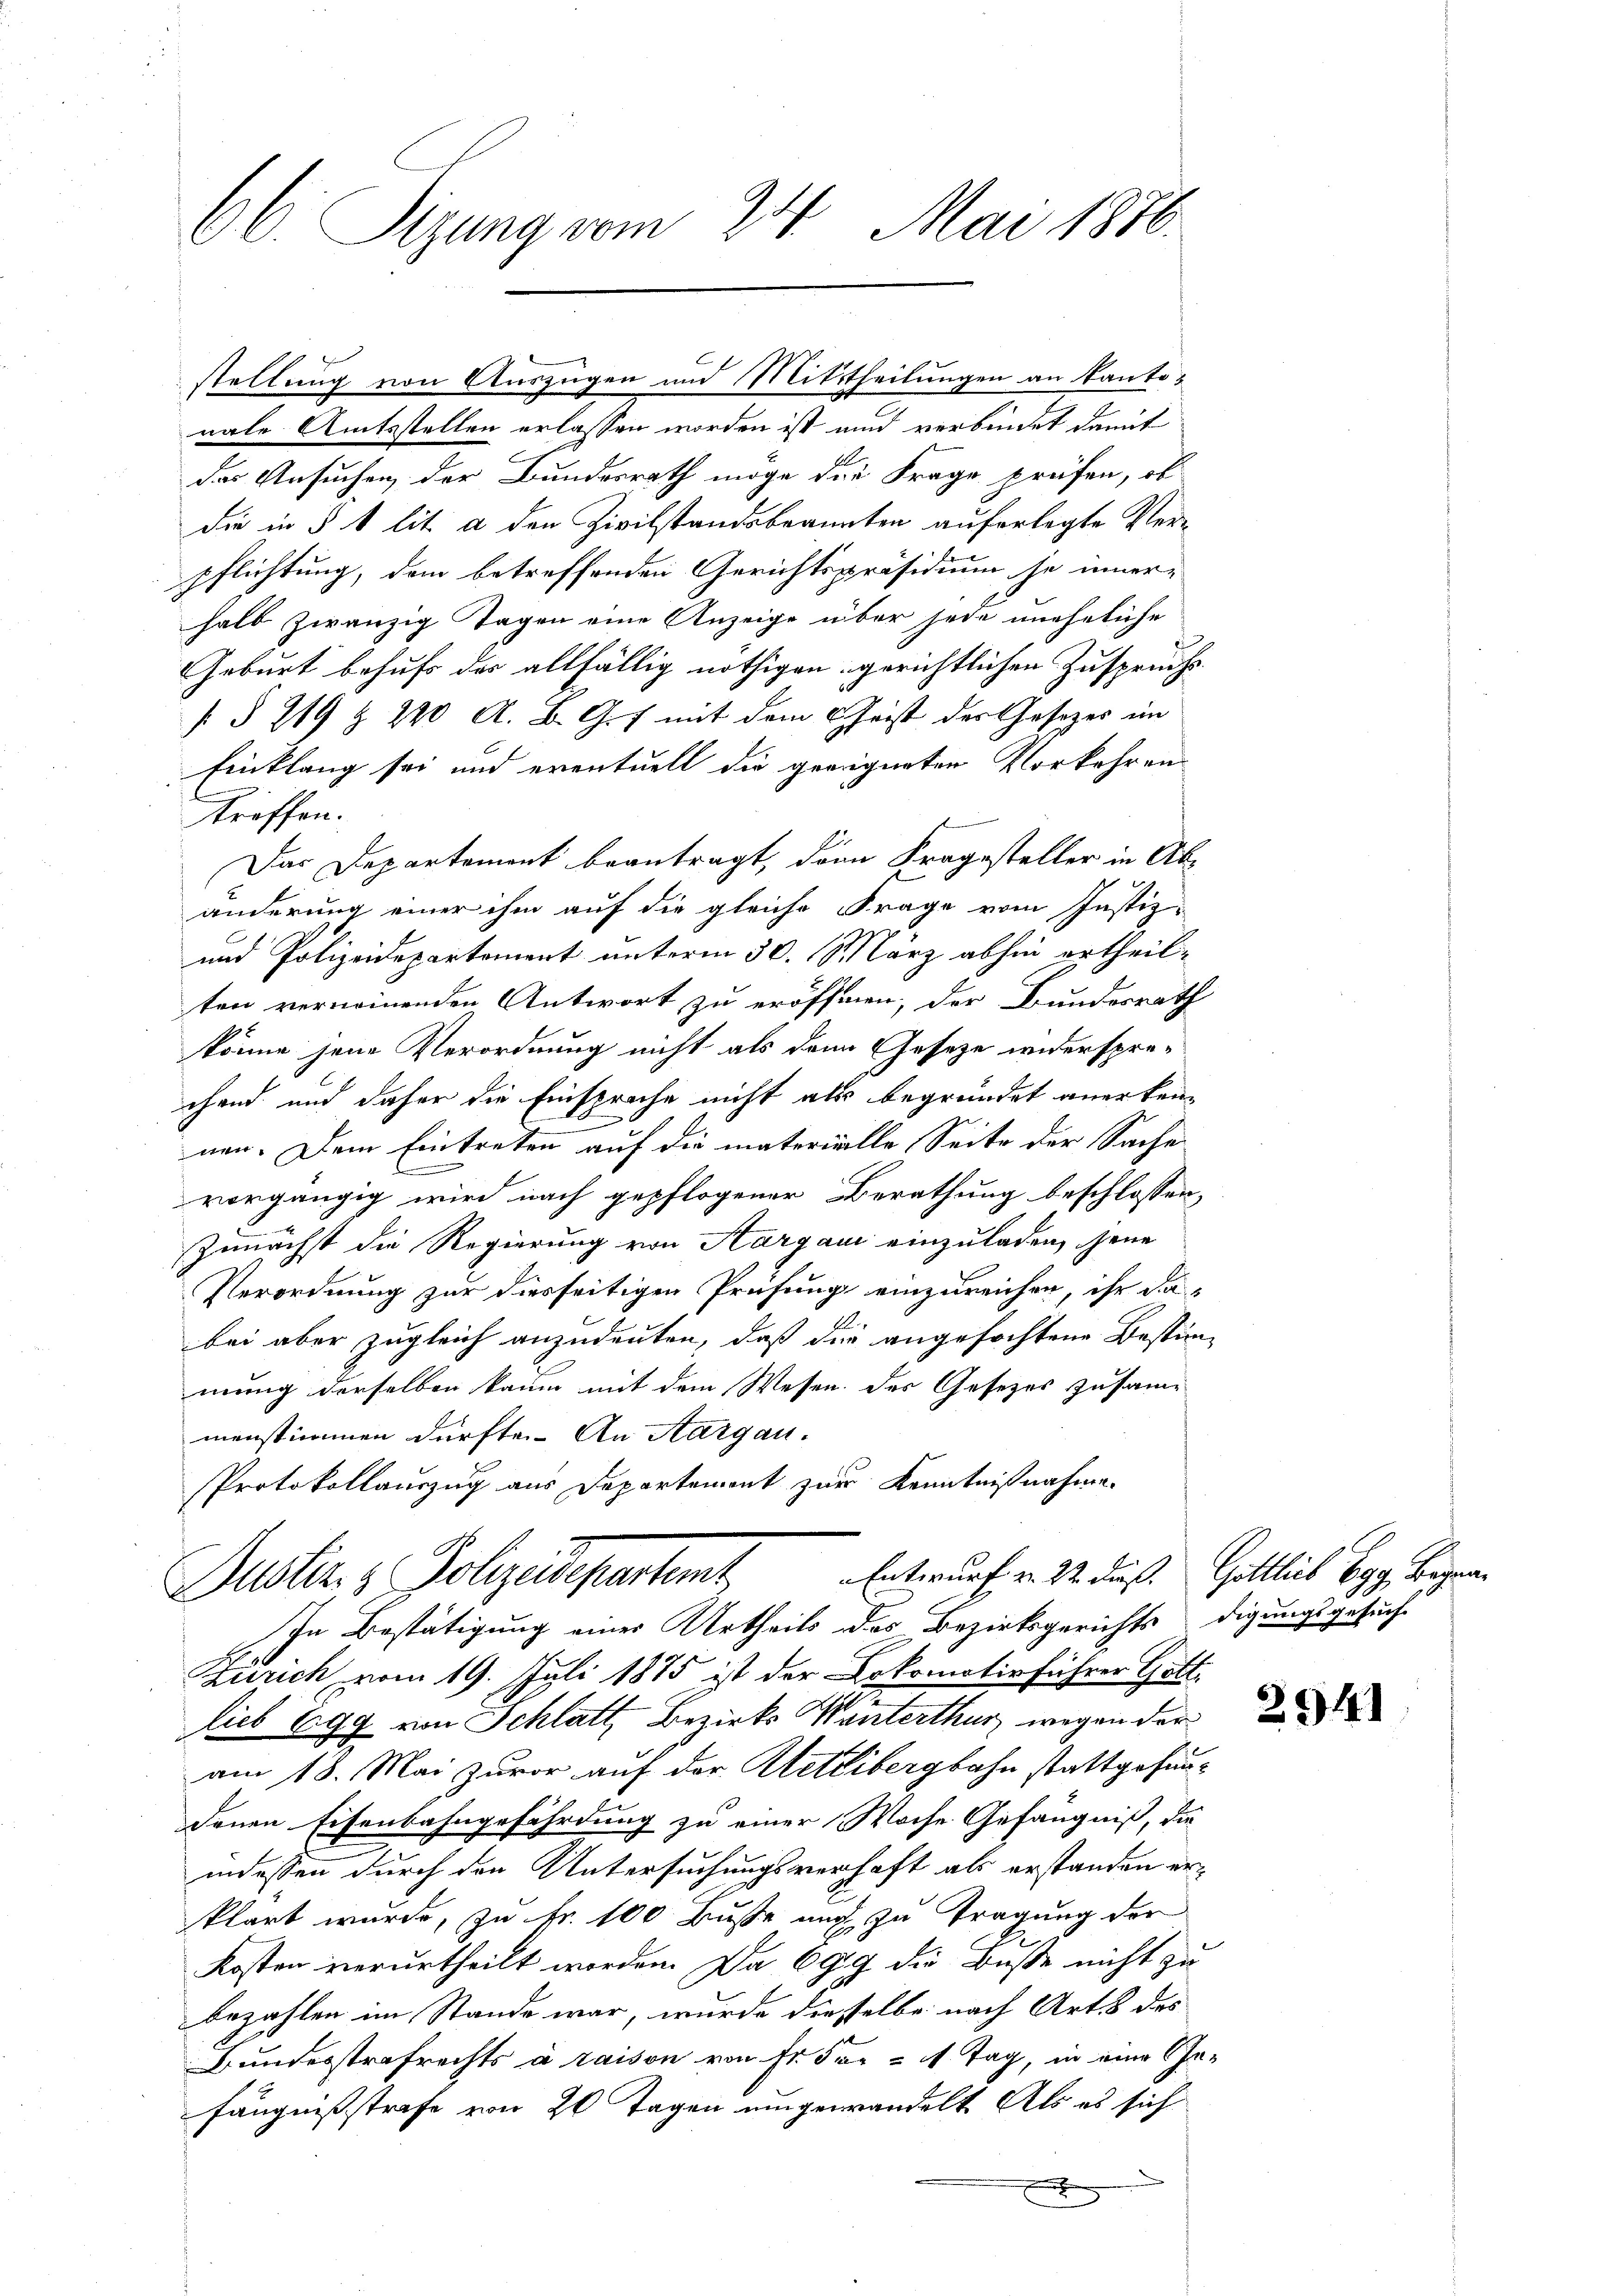
66. Sizung vom 24. Mai 1876.

nale Amtsstellen erlassen worden ist und verbindet damit
das Ansuchen, der Bundesrath möge die Frage prüfen, ob
die in § 1 lit. a den Zivilstandsbeanten auferlegte Ver-
pflichtung, dem betreffenden Gerichtspräsidium je inner-
halb zwanzig Tagen eine Anzeige über jede uneheliche
Geburt behufs der allfällig nöthigen gerichtlichen Zuspruchs
§§ 219 § 220 A. B. G. f mit dem Christ des Gesetzes im
Einklang sei und eventuell die geeigneten Vorkehren
Streffen.
f
Das Departemont beantragt, dann Fragesteller in Abänderung einer ihm auf die gleiche Frage vom Justiz-
und Polizeidepartoment unterm 30. März abhin ertheilten vernommenden Antwort zu eröffnen, der Bundesrath
könne jene Verordnung nicht als dann Gesetze widersprechend und daher die Einsprache nicht als begründet anerkennen. Dem Eintreten auf die materielle Seite der Sache
vorgängig wird nach gepflogener Berathung beschlossen,
Zunächst die Regierung von Aargau einzuladen, jene
Verordnung zur diesseitigen Prüfung einzureichen, ihr da-
f
bei aber zugleich anzudeuten, daß die angefochtene Bestim-
mung derselben kaum mit dem Wesen der Gesetzes zusammenstimmen dürfte. An Aargau.
Protokollauszug aus Departemont zur Kenntnißnahme.
Justiz & Polizeidepartemt Entwurf v. M. daß Gottlich bey Bege
In Bestätigung eines Urtheils des Bezirksgerichts digungsgesuch-
Zürich vom 19. Juli 1875 ist der Lokomotivführer Gott
lieb 699 von Schlatt, Bezirks Winterthur wegen der
am 18. Mai zuvor auf der Metlibergbahn stattgefundenen Eisenbahngefährdung zu einer Woche Gefängniß, die
indessen durch den Untersuchungsverhaft als erstanden erklärt wurde, zu Fr. 100 Busse mich zu Tragung der
Kosten verurtheilt worden. Da 699 die Buße nicht zu
bezahlen im Stande war, wurde dieselbe nach Art. 8 des
Bundesstrafrechts à raison von Fr. Für = 1 Tag, in eine Gefängnissstrafe von 20 Tagen eingewandelt. Als es sich

stellung von Auszügen und Mittheilungen an Kanto¬

254)